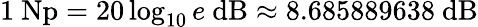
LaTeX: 1\ {\mathrm{Np}}=20\log_{10}e\ {\mathrm{dB}}\approx{\mathrm{8.685889638~dB}}